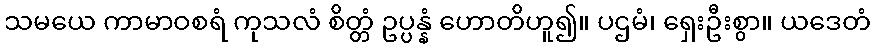
သမယေ ကာမာဝစရံ ကုသလံ စိတ္တံ ဥပ္ပန္နံ ဟောတိဟူ၍။ ပဌမံ၊ ရှေးဦးစွာ။ ယဒေတံ